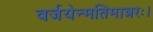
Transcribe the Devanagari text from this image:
वर्जयेन्मतिमान्नरः।